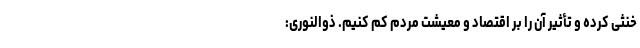
خنثی کرده و تأثیر آن را بر اقتصاد و معیشت مردم کم کنیم. ذوالنوری: